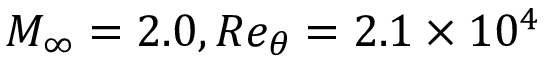
M _ { \infty } = 2 . 0 , R e _ { \theta } = 2 . 1 \times 1 0 ^ { 4 }